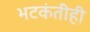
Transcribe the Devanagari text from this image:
भटकंतीही